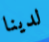
لدينا